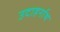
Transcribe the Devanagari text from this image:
उदाहर्नाथ